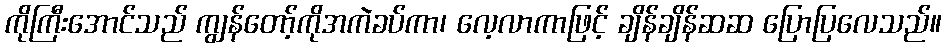
ကိုကြီးအောင်သည် ကျွန်တော့်ကိုအကဲခပ်ကာ၊ လေ့လာကာဖြင့် ချိန်ချိန်ဆဆ ပြောပြလေသည်။